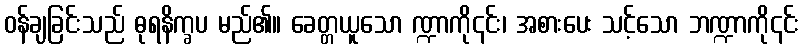
ဝန်ချခြင်းသည် ဓုရနိက္ခပ မည်၏။ ခေတ္တယူသော ဏ္ဍာကို၎င်း၊ အစားပေး သင့်သော ဘဏ္ဍာကို၎င်း